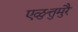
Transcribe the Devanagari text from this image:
एळुत्तुमुरै